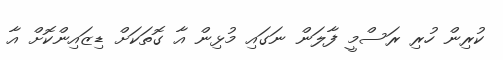
ކުރިން ހުރި ރަސްމީ ފާލަން ނަގައި މުޅިން އާ ގޮތަކަށް ޑިޒައިންކޮށް އާ